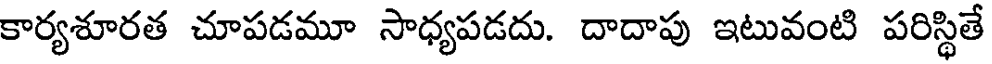
కార్యశూరత చూపడమూ సాధ్యపడదు. దాదాపు ఇటువంటి పరిస్థితే